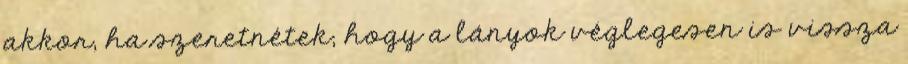
akkor, ha szeretnétek, hogy a lányok véglegesen is vissza